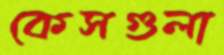
কেসগুলা